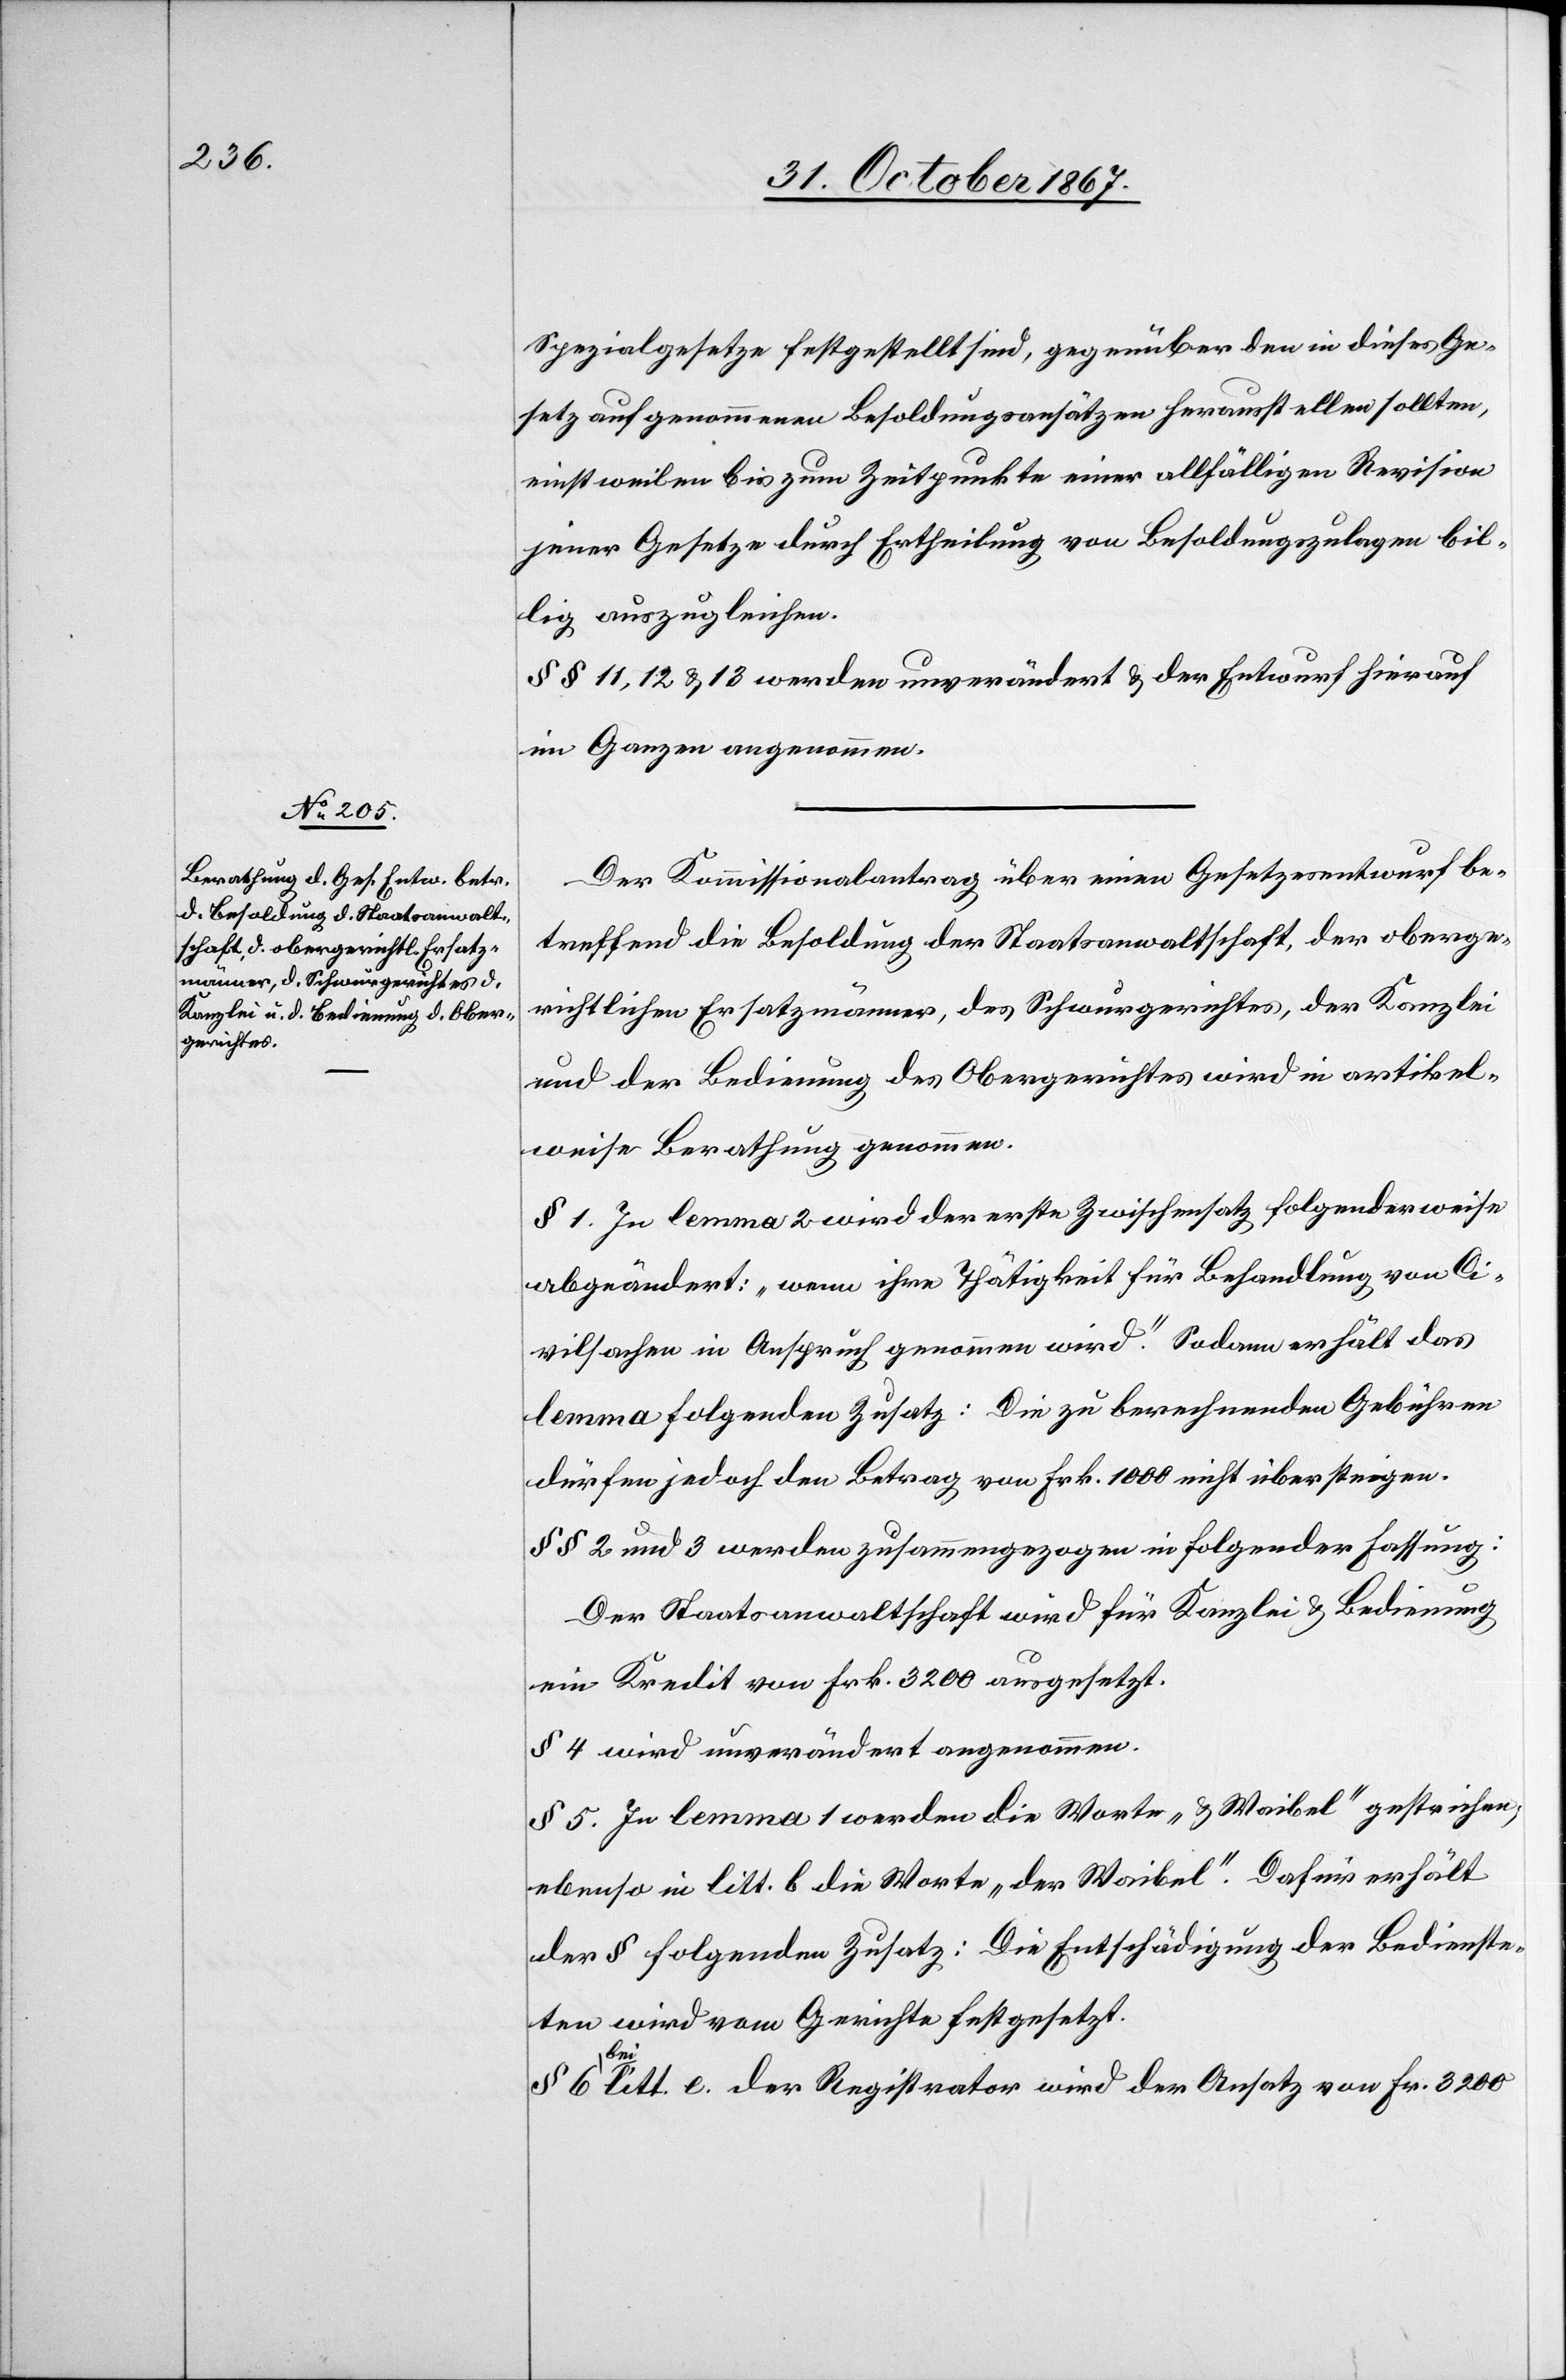
Spezialgesetze festgestellt sind, gegenüber den in dieses Ge¬
setz aufgenommenen Besoldungsansätzen herausstellen sollten,
einstweilen bis zum Zeitpunkte einer allfälligen Revision
jener Gesetze durch Ertheilung von Besoldungszulagen bil¬
lig auszugleichen.
§ § 11, 12 u. 13 werden unverändert u. der Entwurf hierauf
im Ganzen angenommen.
Der Kommissionalantrag über einen Gesetzesentwurf be¬
treffend die Besoldung der Staatsanwaltschaft, der oberge¬
richtlichen Ersatzmänner, des Schwurgerichtes, der Kanzlei
und der Bedienung des Obergerichtes wird in artikel¬
weise Berathung genommen.
§ 1 In lemma 2 wird der erste Zwischensatz folgenderweise
abgeändert: „wenn ihre Thätigkeit für Behandlung von Ci¬
vilsachen in Anspruch genommen wird“. Sodann erhält das
lemma folgenden Zusatz: Die zu berechnenden Gebühren
dürfen jedoch den Betrag von Frk. 1000 nicht übersteigen.
§ § 2 und 3 werden zusammengezogen in folgender Fassung:
Der Staatsanwaltschaft wird für Kanzlei u. Bedienung
ein Kredit von Frk. 3200 ausgesetzt.
§ 4 wird unverändert angenommen.
§ 5 In lemma 1 werden die Worte „u. Waibel“ gestrichen,
ebenso in litt. b die Worte „der Waibel“. Dafür erhält
der § folgenden Zusatz: Die Entschädigung der Bedienste¬
ten wird vom Gerichte festgesetzt.
§ 6 bei littë. der Registrator wird der Ansatz von Fr. 3200